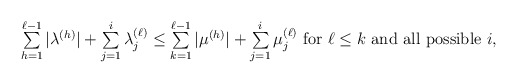
\begin{align*}\mbox{$\sum\limits_{h=1}^{\ell-1} |\lambda^{(h)}|+\sum\limits_{j=1}^i \lambda_j^{(\ell)}\le \sum\limits_{k=1}^{\ell-1} |\mu^{(h)}|+\sum\limits_{j=1}^i \mu_j^{(\ell)}$ for $ \ell\le k$ and all possible $i$,}\end{align*}